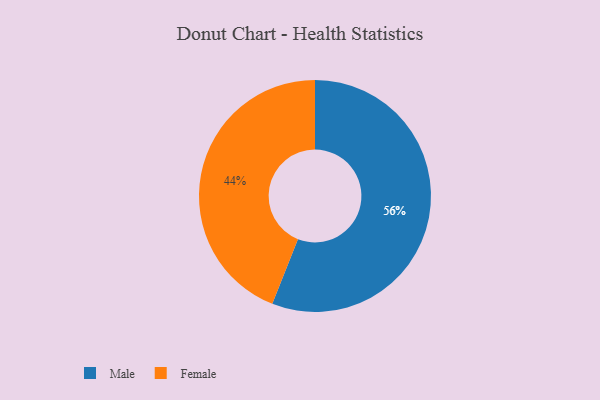
{"axis": {"x": "Category", "y": "Percentage"}, "legend": ["Female", "Male"], "data": [{"x": "Male", "y": 56, "type": "Male"}, {"x": "Female", "y": 44, "type": "Female"}]}